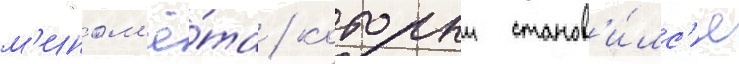
м'ином'ё́та / которыи станов'и́лс'я